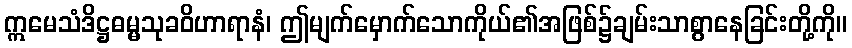
ဣမေသံဒိဋ္ဌဓမ္မသုခဝိဟာရာနံ၊ ဤမျက်မှောက်သောကိုယ်၏အဖြစ်၌ချမ်းသာစွာနေခြင်းတို့ကို။